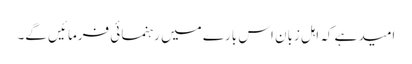
امید ہے کہ اہلِ زبان اس بارے میں رہنمائی فرمائیں گے۔